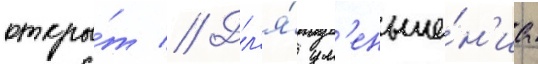
откры́т // Дл'я́ ум'еньше́н'иа